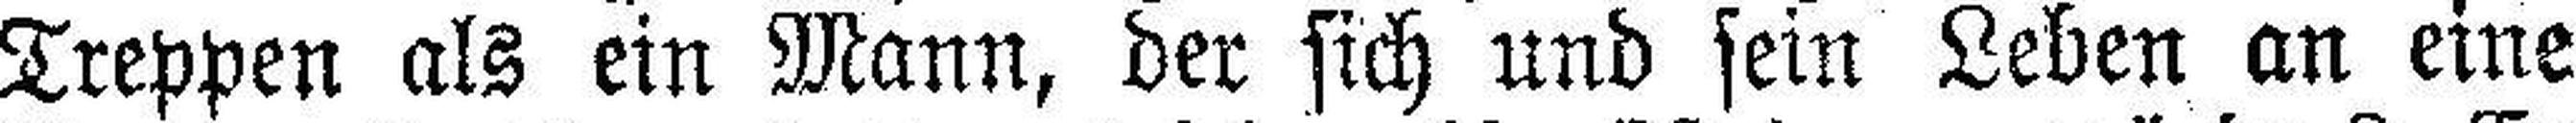
Treppen als ein Mann, der sich und sein Leben an eine